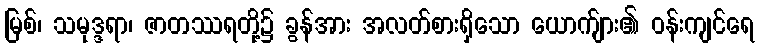
မြစ်၊ သမုဒ္ဒရာ၊ ဇာတဿရတို့၌ ခွန်အား အလတ်စားရှိသော ယောက်ျား၏ ဝန်းကျင်ရေ